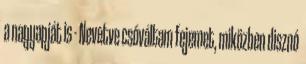
a nagyapját is - Nevetve csóváltam fejemet, miközben disznó